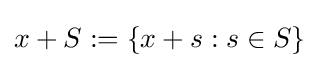
x+S:=\{x+s:s\in S\}